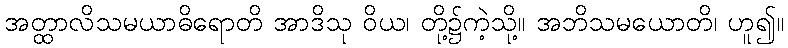
အတ္ထာလိသမယာဓိရောတိ အာဒိသု ဝိယ၊ တို့၌ကဲ့သို့။ အဘိသမယောတိ၊ ဟူ၍။